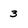
Character: 3